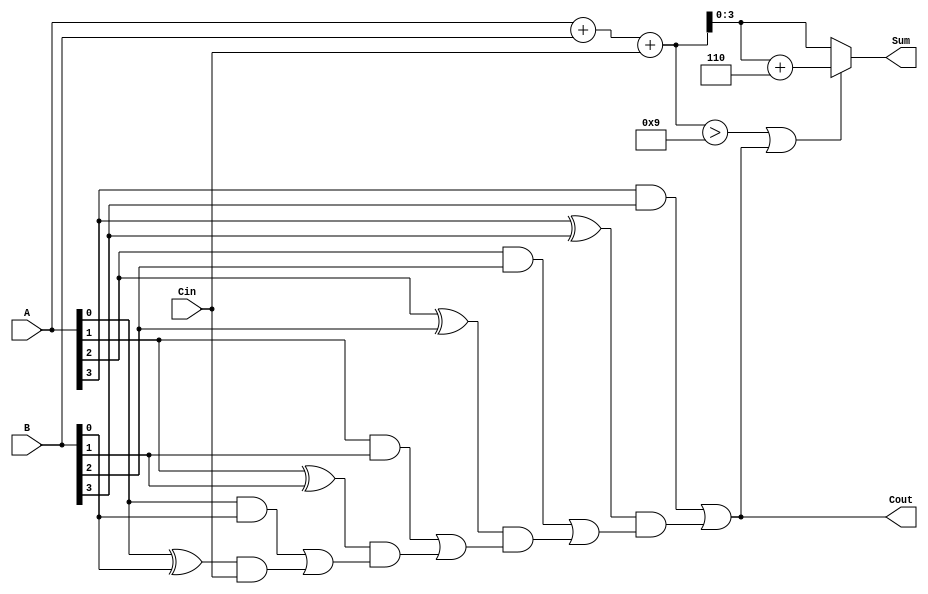
module BCD_Carry_Lookahead_Adder (
    input [3:0] A,      // BCD input A
    input [3:0] B,      // BCD input B
    input Cin,          // Carry input
    output [3:0] Sum,   // BCD sum output
    output Cout         // Carry output
);

    wire [4:0] Sum_temp; // Temporary sum (5 bits to accommodate carry)
    wire G[3:0];         // Generate signals
    wire P[3:0];         // Propagate signals
    wire C[3:0];         // Carry signals

    // Step 1: Calculate initial binary sum
    assign Sum_temp = A + B + Cin;

    // Step 2: Generate and propagate signals
    assign G[0] = A[0] & B[0];
    assign G[1] = A[1] & B[1];
    assign G[2] = A[2] & B[2];
    assign G[3] = A[3] & B[3];

    assign P[0] = A[0] ^ B[0];
    assign P[1] = A[1] ^ B[1];
    assign P[2] = A[2] ^ B[2];
    assign P[3] = A[3] ^ B[3];

    // Step 3: Carry lookahead logic
    assign C[0] = G[0] | (P[0] & Cin);
    assign C[1] = G[1] | (P[1] & C[0]);
    assign C[2] = G[2] | (P[2] & C[1]);
    assign Cout = G[3] | (P[3] & C[2]);

    // Step 4: BCD correction logic
    wire [4:0] corrected_sum;
    assign corrected_sum = (Sum_temp > 9 || Cout) ? (Sum_temp + 5'd6) : Sum_temp;

    // Step 5: Assign final sum output
    assign Sum = corrected_sum[3:0];

endmodule